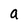
Character: a